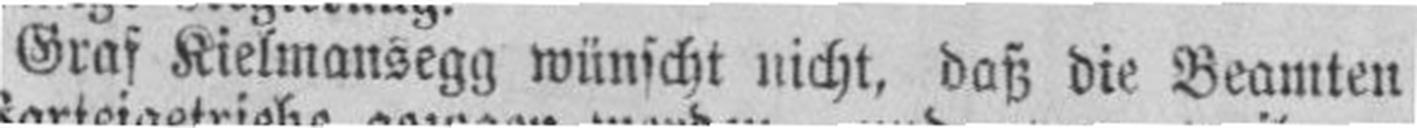
Graf Kielmansegg wünscht nicht, daß die Beamten